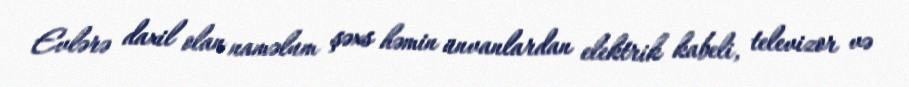
Evlərə daxil olan naməlum şəxs həmin ünvanlardan elektrik kabeli, televizor və